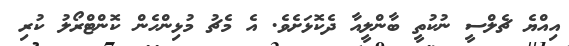
އިއްޔެ ޗެލްސީ ނުކުތީ ބާންލީއާ ދެކޮޅަށެވެެ. އެ މެެޗު މުޅިންހެން ކޮންޓްރޯލު ކުރި